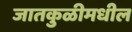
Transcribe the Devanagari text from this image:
जातकुळीमधील